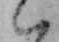
ハ